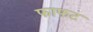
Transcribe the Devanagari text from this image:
फाफट